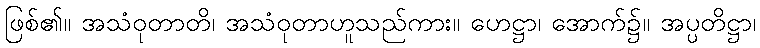
ဖြစ်၏။ အသံဝုတာတိ၊ အသံဝုတာဟူသည်ကား။ ဟေဋ္ဌာ၊ အောက်၌။ အပ္ပတိဋ္ဌာ၊